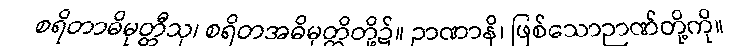
စရိတာဓိမုတ္တီသု၊ စရိတအဓိမုတ္တိတို့၌။ ဉာဏာနိ၊ ဖြစ်သောဉာဏ်တို့ကို။